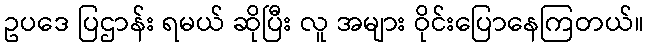
ဥပဒေ ပြဌာန်း ရမယ် ဆိုပြီး လူ အများ ဝိုင်းပြောနေကြတယ်။